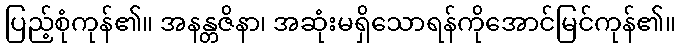
ပြည့်စုံကုန်၏။ အနန္တဇိနာ၊ အဆုံးမရှိသောရန်ကိုအောင်မြင်ကုန်၏။